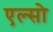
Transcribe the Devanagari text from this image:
एल्सो